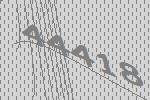
44418